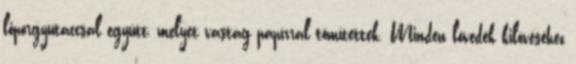
lőporgyutaccsal együtt, melyet vastag papírral tömítettek. Minden lövedék kilövéséhez